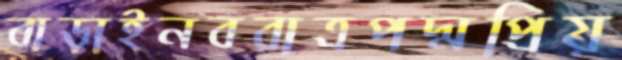
বাড়াইনবরাত্রপদ্মপ্রিয়